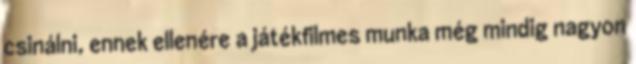
csinálni, ennek ellenére a játékfilmes munka még mindig nagyon